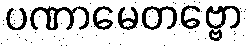
ပဏာမေတဗ္ဗော